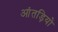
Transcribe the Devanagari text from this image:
आंतड़ियो